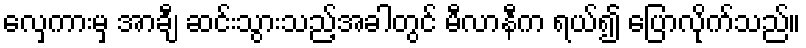
လှေကားမှ အာချီ ဆင်းသွားသည့်အခါတွင် မီလာနီက ရယ်၍ ပြောလိုက်သည်။